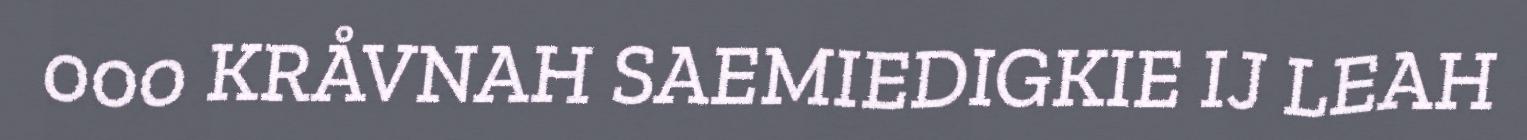
000 KRÅVNAH SAEMIEDIGKIE IJ LEAH